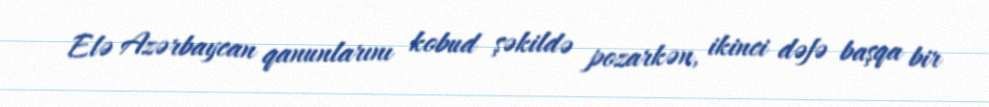
Elə Azərbaycan qanunlarını kobud şəkildə pozarkən, ikinci dəfə başqa bir